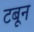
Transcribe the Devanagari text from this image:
टबून